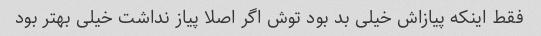
فقط اینکه پیازاش خیلی بد بود توش اگر اصلا پیاز نداشت خیلی بهتر بود